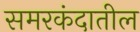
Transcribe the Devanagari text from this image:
समरकंदातील